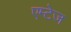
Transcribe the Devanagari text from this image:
एम्टेज